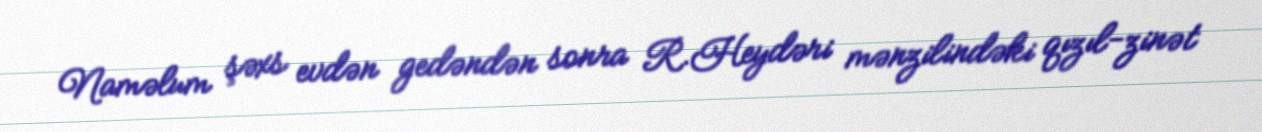
Naməlum şəxs evdən gedəndən sonra R.Heydəri mənzilindəki qızıl-zinət